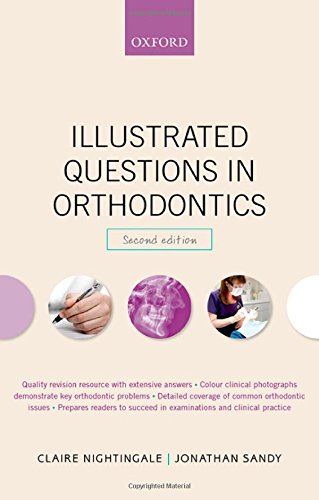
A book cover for Illustrated Questions in Orthodontics; Claire Nightingale; Medical Books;